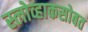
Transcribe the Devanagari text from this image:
स्लोव्हाकसोबत